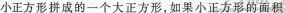
小正方形折的一个才て正方形，如果小正刀形的面积